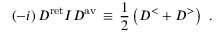
( - i ) \, D ^ { \mathrm { r e t } } I D ^ { \mathrm { a v } } \, \equiv \, \frac { 1 } { 2 } \left( D ^ { < } + D ^ { > } \right) \, \, .